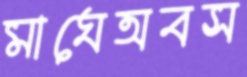
মাঘেঅবস